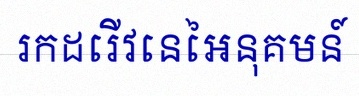
រកដេរីវេនៃអនុគមន៍